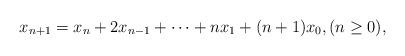
LaTeX: \begin{align*}x_{n+1}=x_n+2x_{n-1}+\cdots+nx_1+(n+1)x_0, (n\geq 0),\end{align*}